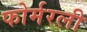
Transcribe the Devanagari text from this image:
फोर्मरली